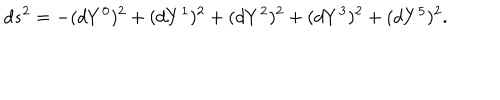
d s ^ { 2 } = - ( d Y ^ { 0 } ) ^ { 2 } + ( d Y ^ { 1 } ) ^ { 2 } + ( d Y ^ { 2 } ) ^ { 2 } + ( d Y ^ { 3 } ) ^ { 2 } + ( d Y ^ { 5 } ) ^ { 2 } .